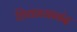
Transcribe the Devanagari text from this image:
विकासानंद